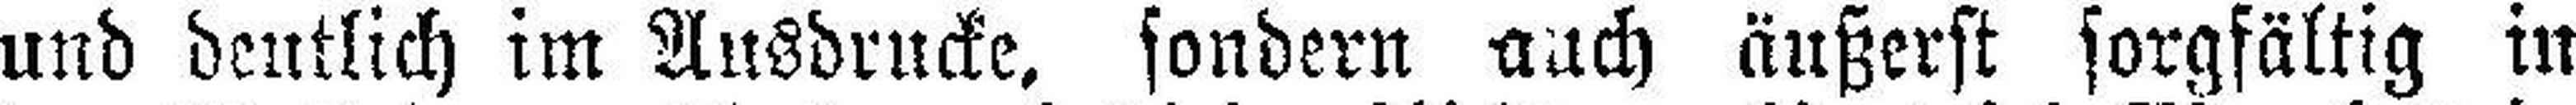
und deutlich im Ausdrucke, sondern auch äußerst sorgfältig in